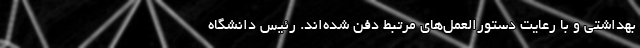
بهداشتی و با رعایت دستورالعمل‌های مرتبط دفن شده‌اند. رئیس دانشگاه